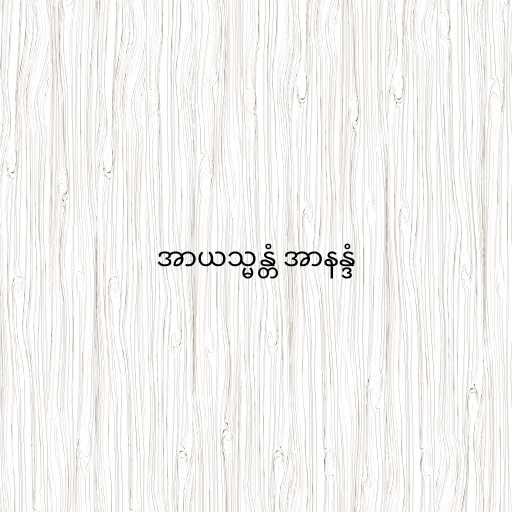
အာယသ္မန္တံ အာနန္ဒံ